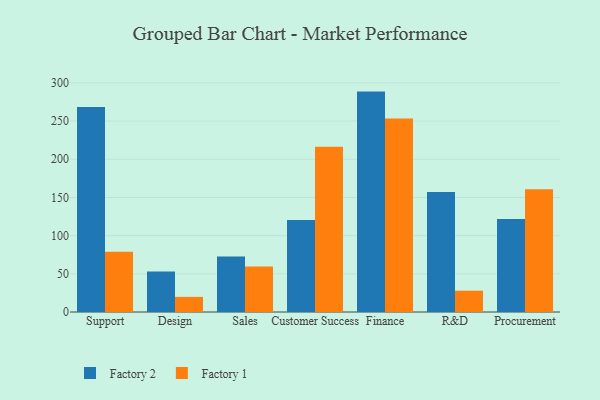
{"axis": {"x": "Department", "y": "Market Share (%)"}, "legend": ["Factory 1", "Factory 2"], "data": [{"x": "Support", "y": 268.4, "type": "Factory 2"}, {"x": "Support", "y": 78.8, "type": "Factory 1"}, {"x": "Design", "y": 52.9, "type": "Factory 2"}, {"x": "Design", "y": 19.8, "type": "Factory 1"}, {"x": "Sales", "y": 72.6, "type": "Factory 2"}, {"x": "Sales", "y": 59.6, "type": "Factory 1"}, {"x": "Customer Success", "y": 120.6, "type": "Factory 2"}, {"x": "Customer Success", "y": 216.3, "type": "Factory 1"}, {"x": "Finance", "y": 288.6, "type": "Factory 2"}, {"x": "Finance", "y": 253.3, "type": "Factory 1"}, {"x": "R&D", "y": 157.2, "type": "Factory 2"}, {"x": "R&D", "y": 27.9, "type": "Factory 1"}, {"x": "Procurement", "y": 121.9, "type": "Factory 2"}, {"x": "Procurement", "y": 160.7, "type": "Factory 1"}]}